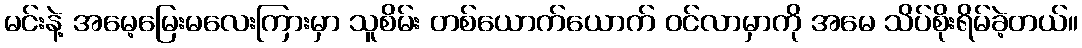
မင်းနဲ့ အမေ့မြေးမလေးကြားမှာ သူစိမ်း တစ်ယောက်ယောက် ဝင်လာမှာကို အမေ သိပ်စိုးရိမ်ခဲ့တယ်။